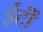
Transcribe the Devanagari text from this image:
ईटोंं